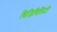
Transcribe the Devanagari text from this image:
विजिबिलिटी